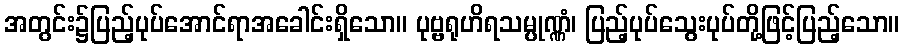
အတွင်း၌ပြည့်ပုပ်အောင်ရာအခေါင်းရှိသော။ ပုဗ္ဗရုဟိရသမ္ပုဏ္ဏံ၊ ပြည့်ပုပ်သွေးပုပ်တို့ဖြင့်ပြည့်သော။